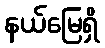
နယ်မြေရှိ